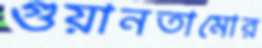
গুয়ানতামোর